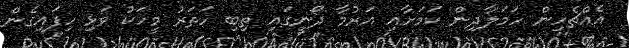
އެއްޗެހިން ހަމަލާދިން ކަމަށާއި އަރުމާ ދޯނީގައި ތިބި ހަތަރު މީހަކު ވަޅި ހިފައިގެން